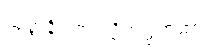
သုတ္တနိပါတပါဠိအဋ္ဌကထာ